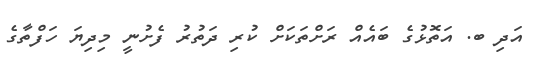
އަދި ބ. އަތޮޅުގެ ބައެއް ރަށްތަކަށް ކުރި ދަތުރު ފެށުނީ މިދިޔަ ހަފްތާގެ